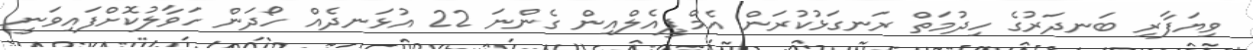
ވިޔަފާރި ބަނދަރުގެ ހިދުމަތް ރަނގަޅުކުރަން އެމްޕީއެލްއިން ގެންނަ 22 އުޅަނދެއް ހޯދަން ހަވާލުކޮށްފައިވަނީ